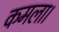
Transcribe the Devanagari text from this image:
कमला।